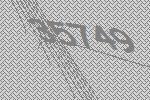
35749